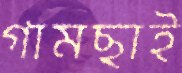
গামছাই